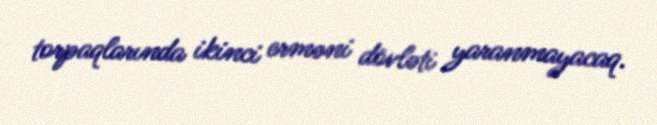
torpaqlarında ikinci erməni dövləti yaranmayacaq.